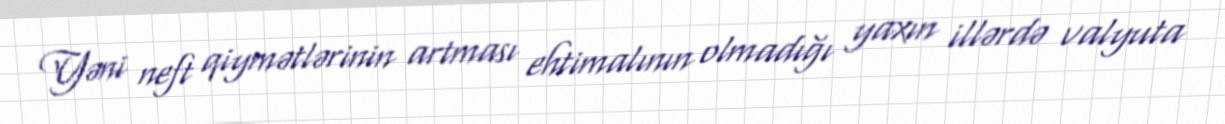
Yəni neft qiymətlərinin artması ehtimalının olmadığı yaxın illərdə valyuta